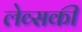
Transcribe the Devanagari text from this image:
लेव्‍सकी